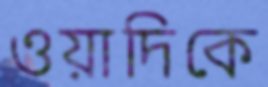
ওয়াদিকে